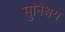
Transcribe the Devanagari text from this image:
सुनिश्चय